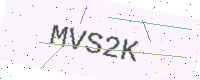
Text: MVS2K